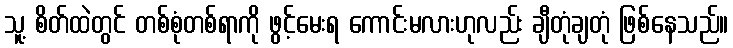
သူ့ စိတ်ထဲတွင် တစ်စုံတစ်ရာကို ဖွင့်မေးရ ကောင်းမလားဟုလည်း ချီတုံချတုံ ဖြစ်နေသည်။